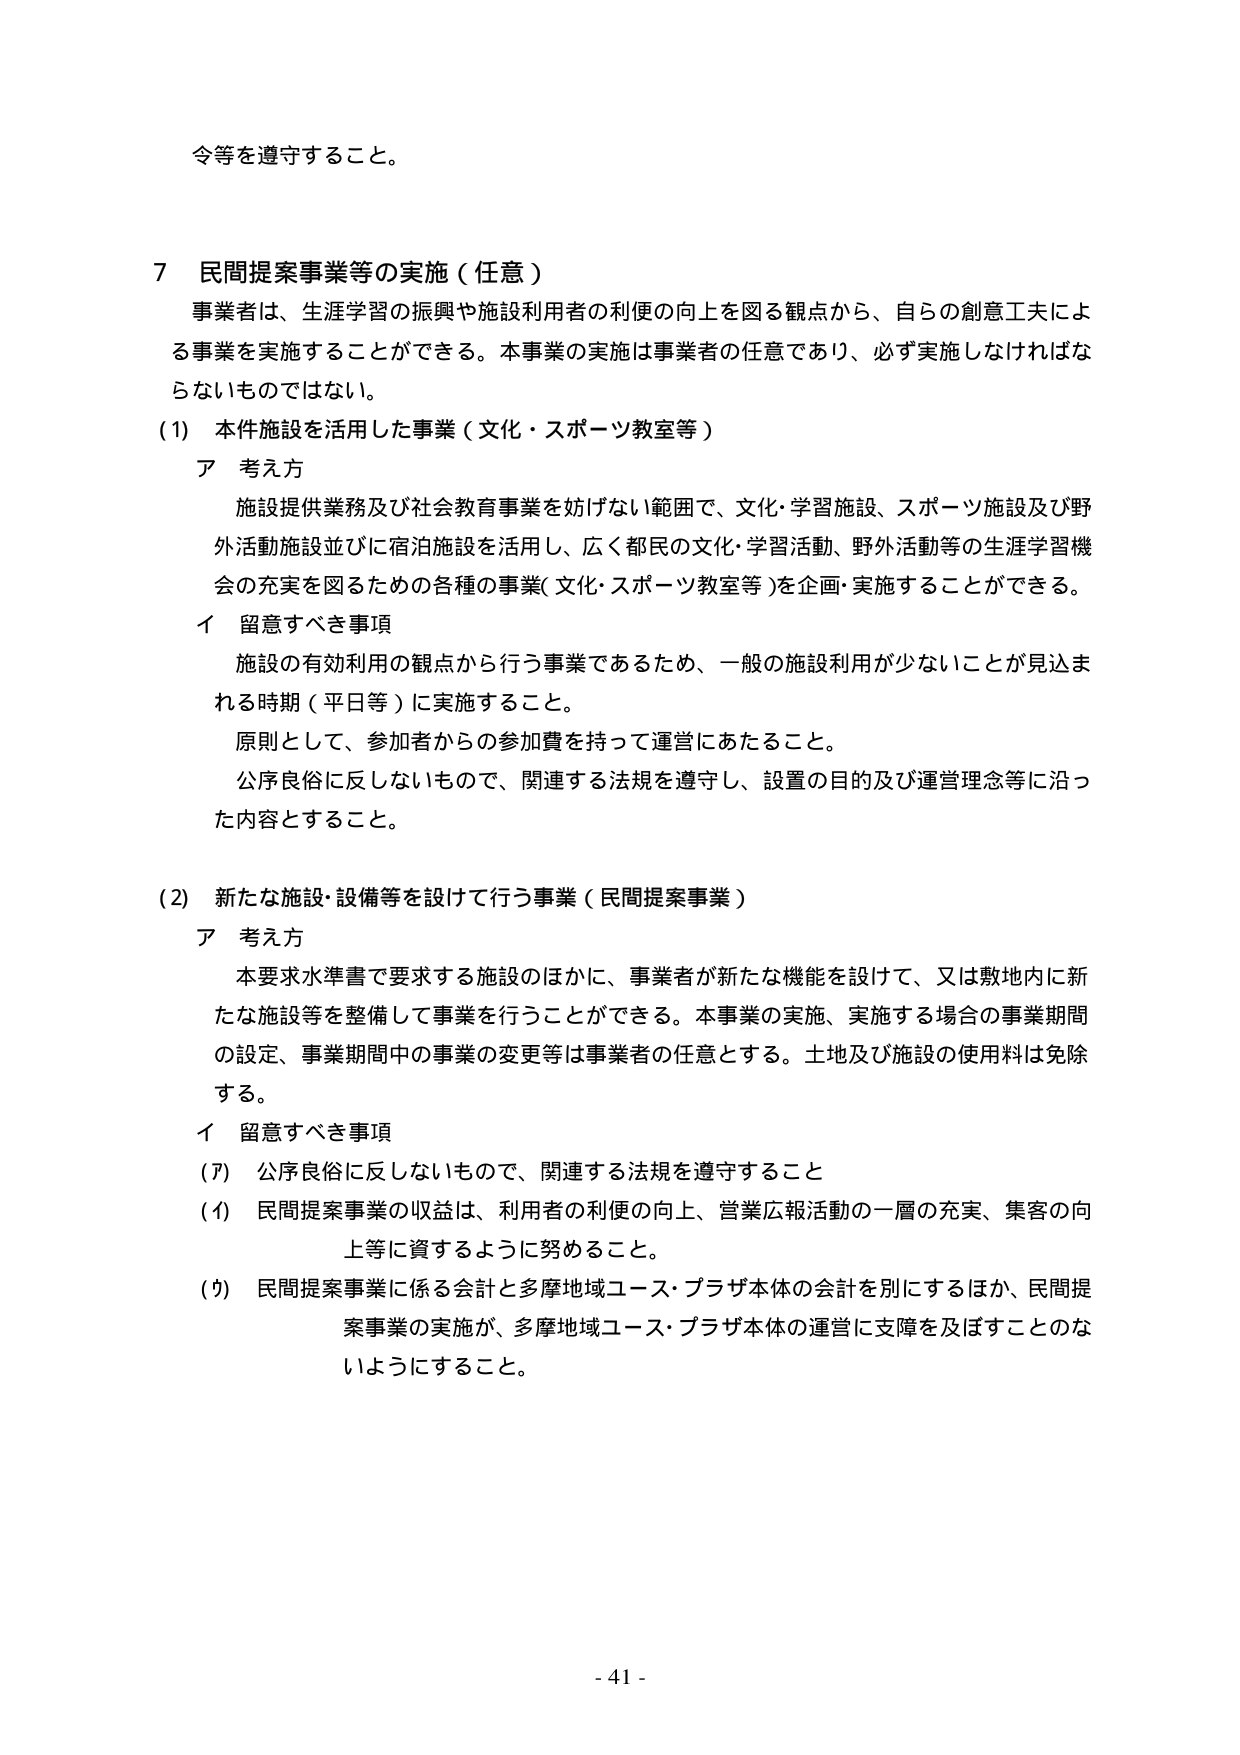
令等を遵守すること。

７ 民間提案事業等の実施（任意）
事業者は、生涯学習の振興や施設利用者の利便の向上を図る観点から、自らの創意工夫による事業を実施することができる。本事業の実施は事業者の任意であり、必ず実施しなければならないものではない。

(1) 本件施設を活用した事業（文化・スポーツ教室等）
ア 考え方
施設提供業務及び社会教育事業を妨げない範囲で、文化・学習施設、スポーツ施設及び野外活動施設並びに宿泊施設を活用し、広く都民の文化・学習活動、野外活動等の生涯学習機会の充実を図るための各種の事業（文化・スポーツ教室等）を企画・実施することができる。
イ 留意すべき事項
施設の有効利用の観点から行う事業であるため、一般の施設利用が少ないことが見込まれる時期（平日等）に実施すること。
原則として、参加者からの参加費を持って運営にあたること。
公序良俗に反しないもので、関連する法規を遵守し、設置の目的及び運営理念等に沿った内容とすること。

(2) 新たな施設・設備等を設けて行う事業（民間提案事業）
ア 考え方
本要求水準書で要求する施設のほかに、事業者が新たな機能を設けて、又は敷地内に新たな施設等を整備して事業を行うことができる。本事業の実施、実施する場合の事業期間の設定、事業期間中の事業の変更等は事業者の任意とする。土地及び施設の使用料は免除する。
イ 留意すべき事項
(ｱ) 公序良俗に反しないもので、関連する法規を遵守すること
(ｲ) 民間提案事業の収益は、利用者の利便の向上、営業広報活動の一層の充実、集客の向上等に資するように努めること。
(ｳ) 民間提案事業に係る会計と多摩地域ユース・プラザ本体の会計を別にするほか、民間提案事業の実施が、多摩地域ユース・プラザ本体の運営に支障を及ぼすことのないようにすること。

- 41 -